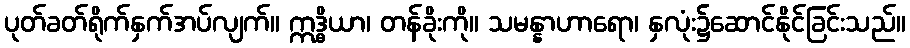
ပုတ်ခတ်ရိုက်နှက်အပ်လျက်။ ဣဒ္ဓိယာ၊ တန်ခိုးကို။ သမန္နာဟာရော၊ နှလုံး၌ဆောင်နိုင်ခြင်းသည်။